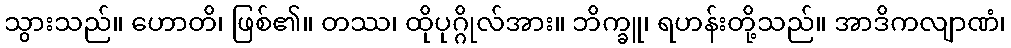
သွားသည်။ ဟောတိ၊ ဖြစ်၏။ တဿ၊ ထိုပုဂ္ဂိုလ်အား။ ဘိက္ခူ၊ ရဟန်းတို့သည်။ အာဒိကလျာဏံ၊